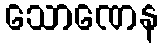
သောဏေန